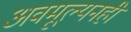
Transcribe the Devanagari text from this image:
अवमूल्यनही